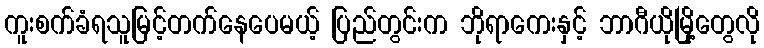
ကူးစက်ခံရသူမြင့်တက်နေပေမယ့် ပြည်တွင်းက ဘိုရာကေးနှင့် ဘာဂီယိုမြို့တွေလို